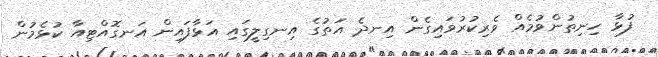
ފުޅާ ހިނިތުންވުމެއް ވެރިކުރުވައިގެން އިނދެ އަތުގެ އިނގިލީގައި އަޅާފައިން އަނގޮއްޓިއާ ކުޅެމުން